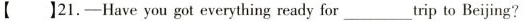
【 】21.-Have you got everything ready for ___ trip to Beijing?